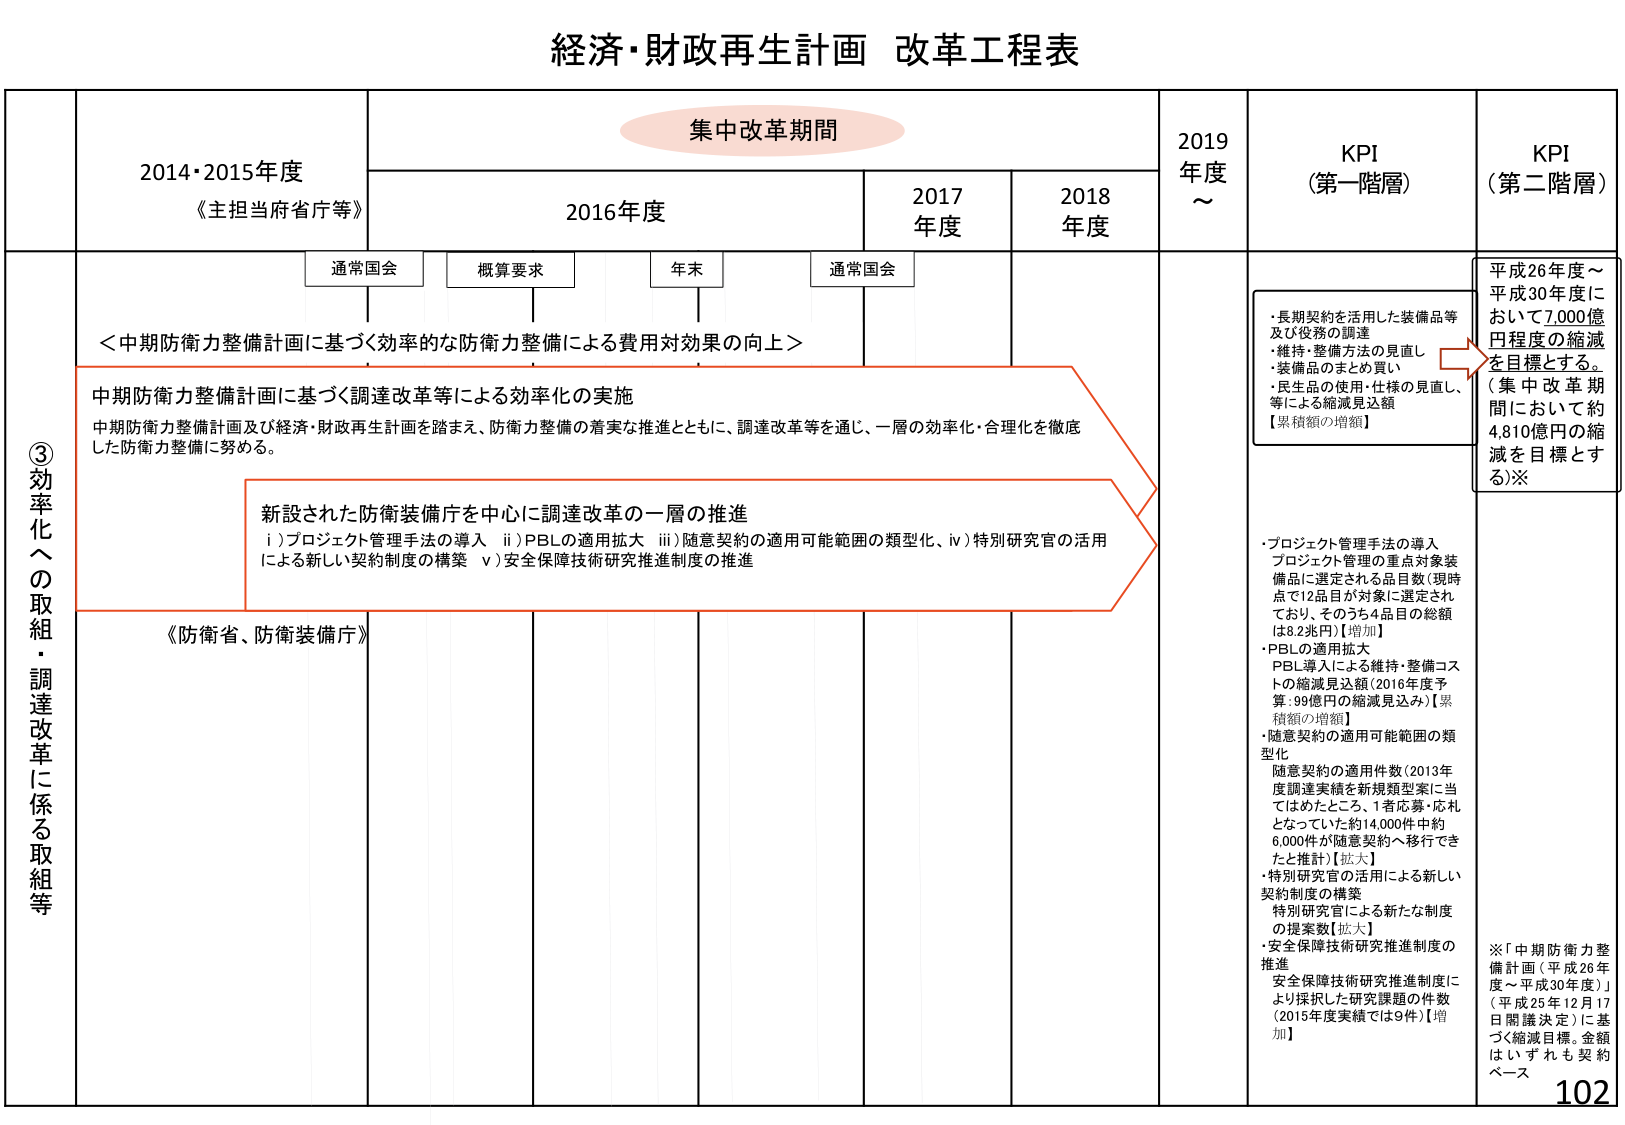
経済・財政再生計画 改革工程表

集中改革期間

2014・2015年度
《主担当府省庁等》

2016年度
通常国会
概算要求
年末
通常国会

2017年度
2018年度

2019年度～

KPI（第一階層）
KPI（第二階層）

③効率化への取組・調達改革に係る取組等

＜中期防衛力整備計画に基づく効率的な防衛力整備による費用対効果の向上＞

中期防衛力整備計画に基づく調達改革等による効率化の実施
中期防衛力整備計画及び経済・財政再生計画を踏まえ、防衛力整備の着実な推進とともに、調達改革等を通じ、一層の効率化・合理化を徹底した防衛力整備に努める。

新設された防衛装備庁を中心に調達改革の一層の推進
i）プロジェクト管理手法の導入
ii）PBLの適用拡大
iii）随意契約の適用可能範囲の類型化、
iv）特別研究官の活用による新しい契約制度の構築
v）安全保障技術研究推進制度の推進

《防衛省、防衛装備庁》

・長期契約を活用した装備品等及び役務の調達
・維持・整備方法の見直し
・装備品のまとめ買い
・民生品の使用・仕様の見直し、等による縮減見込額
【累積額の増額】

平成26年度～平成30年度において7,000億円程度の縮減を目指す。
（集中改革期間において約4,810億円の縮減を目指とする）※

・プロジェクト管理手法の導入
プロジェクト管理の重点対象装備品に選定される品目数（現時点では12品目が対象に選定されており、そのうち4品目の総額は8.2兆円）【増加】
・PBLの適用拡大
PBL導入による維持・整備コストの縮減見込額（2016年度予算：99億円の縮減見込み）【累積額の増額】
・随意契約の適用可能範囲の類型化
随意契約の適用件数（2013年度調達実績を新規類型案に当てはめたところ、1者応募・応札となっていた約14,000件中約6,000件が随意契約へ移行できたと推計）【拡大】
・特別研究官の活用による新しい契約制度の構築
特別研究官による新たな制度の提案数【拡大】
・安全保障技術研究推進制度の推進
安全保障技術研究推進制度により採択した研究課題の件数（2015年度実績では9件）【増加】

※「中期防衛力整備計画（平成26年度～平成30年度）」（平成25年12月17日閣議決定）に基づく縮減目標。金額はいずれも契約ベース

102